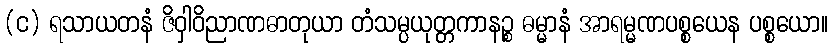
(င) ရသာယတနံ ဇိဝှါဝိညာဏဓာတုယာ တံသမ္ပယုတ္တကာနဉ္စ ဓမ္မာနံ အာရမ္မဏပစ္စယေန ပစ္စယော။